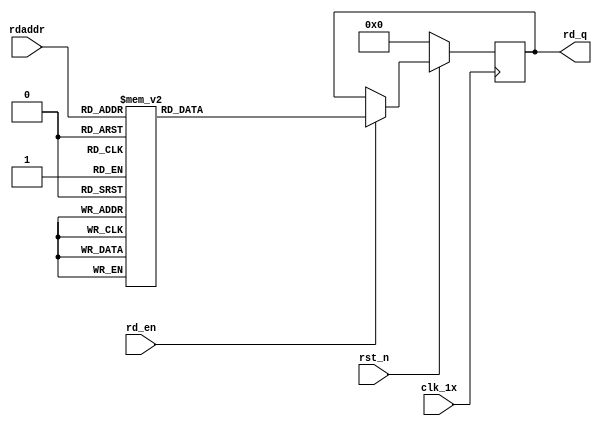
`timescale 1ns / 1ps
module F_normal_t12_next_Rom2(
input	          							clk_1x,
input	          							rst_n,
//////////////////////////////////////////////////////////////
input										rd_en,
input				[4:0]				rdaddr,
output		reg			[191:0]				rd_q
);

always @(posedge clk_1x)begin
	if(~rst_n)begin
		rd_q <= 192'b0;
	end
	else if(rd_en == 1'b1)begin
		case(rdaddr)
			5'h17: rd_q <= 192'b110111100100000011010000011111110101010001001001100110100111000010110101010101001000011100110101110111011111100111001111110010001011011010101000101101001010100110110001001011000111110101101110;
			5'h16: rd_q <= 192'b101101010001110100000011100100100010110111111010100101100100111110011001100001110101011111111001001100100110110110100101101101110101110001101100001111110111000001001001000001010010110100010110;
			5'h15: rd_q <= 192'b101001111111100110110010010010110111001110001101000001110011011110111101100110001001101101101101001011000101011111100000100011001100011100011111000111110001110110110100110001000000111010001111;
			5'h14: rd_q <= 192'b001110110001110010010100001010101010011011111010001100011111100110010000100111111101000001111101001100011011101111010001000010000011111001110110101011010000101110101001011011111111110001001011;
			5'h13: rd_q <= 192'b001000000100100001101011000000110010110110100110011101011000000101001000000110000100011111010000100110100001100100000100110000001010110001011010110100100010110010001001010101111101100000010100;
			5'h12: rd_q <= 192'b111000001011011101011010000011101101101111110001010010111010001100010100110100000011000100011101000100110111011101001101100101101010100111100010001100010010001011100011111100101011000010001001;
			5'h11: rd_q <= 192'b111100110011011100011101101101011010100011010110011111010010110010101100100111011100011101110111011110100001110110011011011010000000111100001111011110010101001110001010001000111111111111100000;
			5'h10: rd_q <= 192'b010010101100110010000111001101110111100110010000010111111010110101000000011000001110000011010100001111000010110101011000110111001111101001101000100111001110000111000011011011100000100011011010;
			5'h0f: rd_q <= 192'b011011001111010000001101101110010000011011100011110110101110110011110101101011100110000111001010110101101010110000011001011100001010111101001100000110100010000010111110010100001001000100101110;
			5'h0e: rd_q <= 192'b110001100111101010010111011111001001110001111000110011010110111101001101010011111111101100000010010000001111110010001001111001001111100000110000110001101100111000100000101100100110001111000011;
			5'h0d: rd_q <= 192'b000101110010010100111001000111111010111010001110100100011110000111110011100100001011011000110110100100100001011000110000011010100110110100110110101110010110110100100000100101010001101011010000;
			5'h0c: rd_q <= 192'b111110110100100000101101010100110010110111111011010100000000100101100010110000010010100100001010010011101100000001111011010110110001010111110110010010111101110010010100011111101111110111100110;
			5'h0b: rd_q <= 192'b100000101010100000111111011100001101010010010001010000100001100111001101000001011110001110011010011110101000000011101111111100011110001001100101010011001010010101010000011010110110000011001101;
			5'h0a: rd_q <= 192'b000011110011011101011000101110011101001111110001110011001010101110010001111111100010111001111000010111011111111110100110001110010100011000011011110100101001101011111010110001011000110111101111;
			5'h09: rd_q <= 192'b100101100010000110101010100011000111011111000011001001100010001011110001011011110110011111100000011101001010100111001111000000110010000100011010000000000111111101111111101101011011001010011111;
			5'h08: rd_q <= 192'b010101000000110100100100000011011100101111011010101100101110000011011111011110010110010000011011010100100001111111001000110000111110101011000100111100100100000000010011001100101011001101000000;
			5'h07: rd_q <= 192'b011100111000000100101101000101110111101000011011001010111101001010101000010101110010111101111001100101101100100001100110010011011101111110101111110110011110001010100000101010110000000010001010;
			5'h06: rd_q <= 192'b011100000011100000001000000111111111101100010100011011011100000010011000011001000100001110000010000110000110000001100010001011110111100101111000100110100010000110000101000111010101100010101000;
			5'h05: rd_q <= 192'b111010011010000011011100011010001001111010100000111010001000000101011000100110011100001010111011001010001001111111011100010110001011010001111011111000010001100111111100111000100111111101101101;
			5'h04: rd_q <= 192'b001101101011011011000000010000110111000001010011100001011011000100101101001011111001100101010111101110100110000010000101110010000110000101101111010000101011111100110110001101010001110111101100;
			5'h03: rd_q <= 192'b000101011000010000001000110010011100011100000011011111101110011110101110100101101011010110111100010111011011011000010110010011000111110100111100110110100111010110010101000001001011110011110111;
			5'h02: rd_q <= 192'b001010010010000100000101100110101001011101000000100111011111010001011011101111111100000100010111001100100001111111100001101011110001101001010101011010100010100011100101011101110011011000110000;
			5'h01: rd_q <= 192'b101100010100100110011001010001010110010011111010000101111101010100011011101001010111101101101110001001000011011100110111110011010100001011100110101110111001011101000001010111110011010011101111;
			5'h00: rd_q <= 192'b100101101001111111010100010011011000101101110100001011011111100110001111111001010011110010110101011000101101000000000111100100101101010100011110111111010001011001110010000011100010100000100110;
		default:rd_q <= 192'b0;
		endcase
	end
end

endmodule